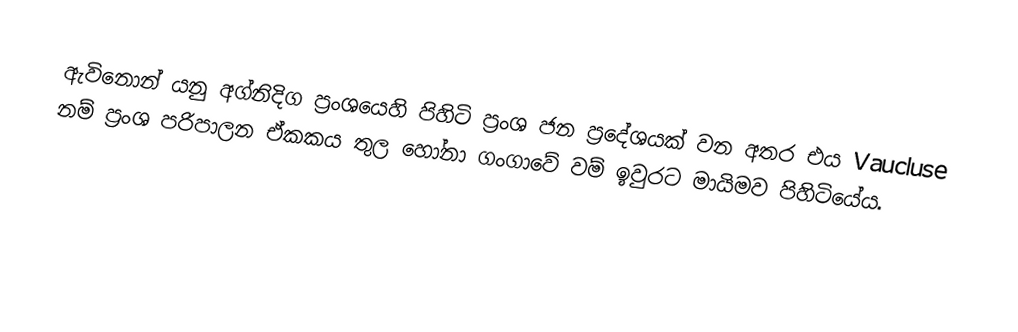
ඇවිනොන්   යනු අග්නිදිග ප්‍රංශයෙහි පිහිටි ප්‍රංශ ජන ප්‍රදේශයක් වන අතර එය Vaucluse නම් ප්‍රංශ පරිපාලන ඒකකය තුල හෝනා ගංගාවේ වම් ඉවුරට මායිමව පිහිටියේය.